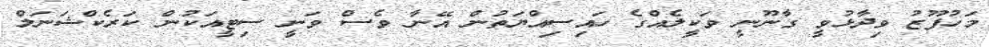
މަހުފޫޒު ވިދާޅުވީ ގާނޫނީ ވަކީލެއްގެ ހައިސިއްޔަތުން އޭނާ ވެސް ވަނީ ސިޓީއަކުން ކަރެކްޝަނަލް